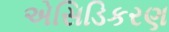
એસિડિકરણ